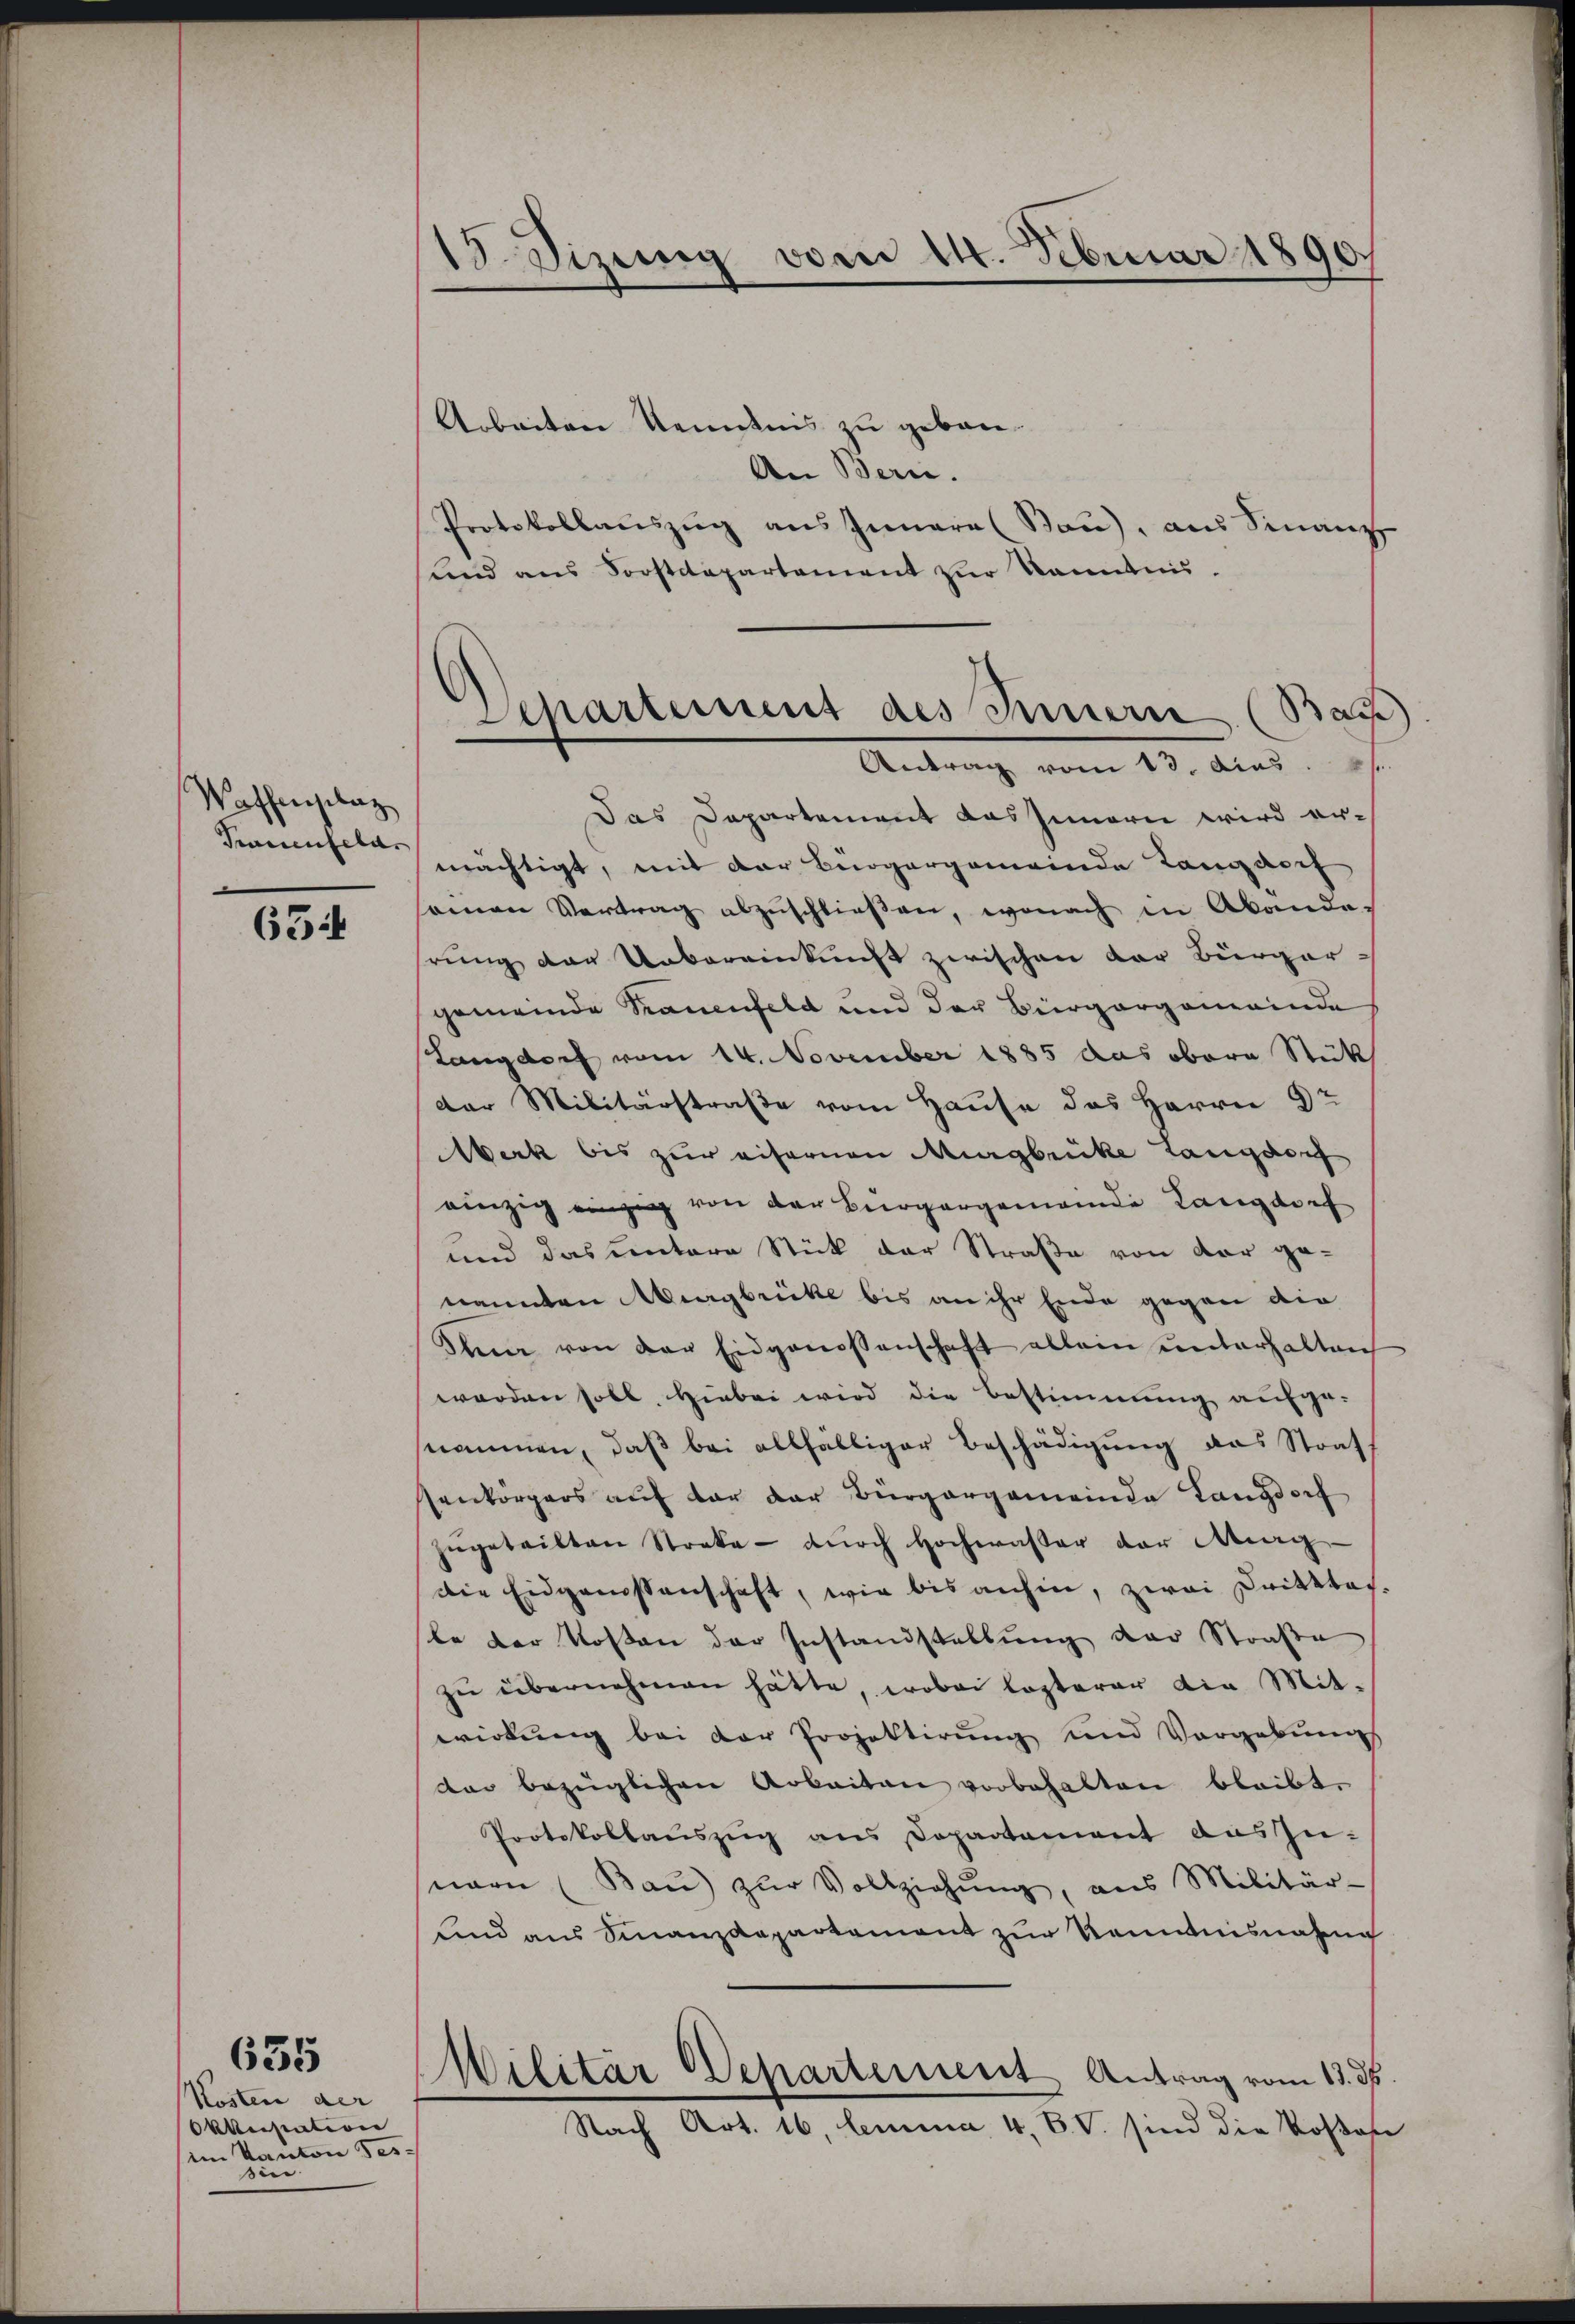
Waffenheberz
Piecenseler

63

Kosten der
Okanisation
im Kanton Tes-
sin

635

18. Sizung vom 11. Februar 1890.

Separtement des Innern (Bas
Antrag vom 13. das

Arbeiten Kenntnis zu gebore¬
An Bern.
Protokollauszug aus Innere (Bau), aus Finanz
und aus Forstdepartement zur kannten.
Das Departement das Innern wird er-
mächtigt, mit der Bergergemeinde Langdorf
sonen Vertrag abzŭschlieβen, wonach in Abande-
hrung der Uebereinkunft zwischen der Bürger-
gemeinde Trauenfeld und der Bürgergemeinde
Langdorf vom 14. November 1885 das obern Stück
der Militärstraße vom Hause des Herrn 92
Werk bis zur eifernen Murgbrücke langdorf
einzig einzig von der Bürgergemeinde Langdorf
und das untere Stück der Straße von der genannten Murgbrücke bis an ihr Ende gegen die
Ihn von der Eidgenossenschaft allein unterhalten
worden soll. Hiebei wird die Bestimmung aufge-
nommen, daß bei allfälliger Beschädigung das Straf
senkörpers auf der der Bürgergemeinde Langdorf
zŭgeteilten Streke - dŭrch Hochwasser der Mag
die Eidgenossenschaft, wie bis anhin, zwei Drittbach.
le der Kosten der Zustandstellung der Straße
zŭ übernehmen hätte, wobei lezterer die Mit-
wirkung bei der Projektirung und Vergabŭng
dar bezüglichen Arbeiten vorbehalten bleibt.
Protokollaŭszŭg ans Departement auszu-
nern (Baŭ) zŭr Vollziehŭng, ans Militär-
sind ans Finanzdepartement zŭr Kenntnisnahme
Militar Departement Antrag vom 13. ds.
Nach Art. 16, lemma 4, BV. sind die Kosas

e